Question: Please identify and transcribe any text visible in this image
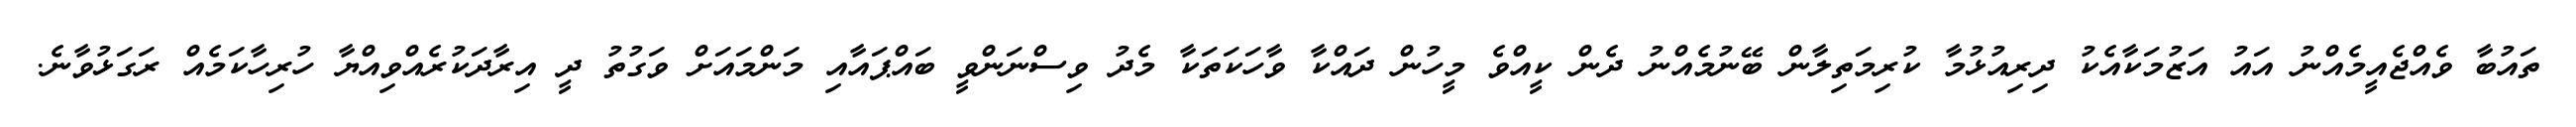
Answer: ތައުބާ ވެއްޖެއީމެއްނު އައު އަޒުމަކާއެކު ދިރިއުޅުމާ ކުރިމަތިލާން ބޭނުމެއްނު ދެން ކީއްވެ މީހުން ދައްކާ ވާހަކަތަކާ މެދު ވިސްނަންވީ ބައްޕައާއި މަންމައަށް ވަގުތު ދީ އިރާދަކުރެއްވިއްޔާ ހުރިހާކަމެއް ރަގަޅުވާނެ.